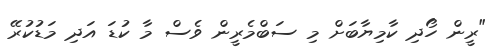
"ރީން ހޯދި ކާމިޔާބަށް މި ސަބްމެރީން ވެސް މާ ކުޑަ އަދި މަޑުކުރޭ